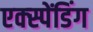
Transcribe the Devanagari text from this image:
एक्स्पेंडिंग